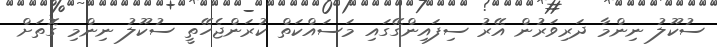
ސުކޫލު ނިންމާ ދަރިވަރުން އޭރު ސިފައިންގޭގައި މަސައްކަތް ކުރަންޖެހޭތީ ސުކޫލު ނިންމި ގޮތަށް